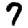
Digit: 7